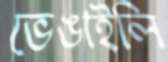
ভেঙাইলি